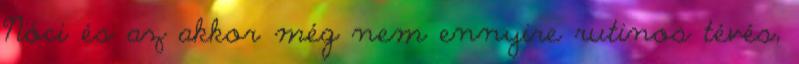
Nóci és az akkor még nem ennyire rutinos tévés,